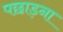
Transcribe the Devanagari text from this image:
पछाड़ना